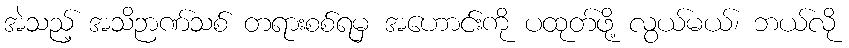
အဲသည့် အသိဉာဏ်သစ် တရားစစ်ရမှ အဟောင်းကို ပထုတ်ဖို့ လွယ်မယ်၊ ဘယ်လို